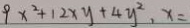
9 x ^ { 2 } + 1 2 x y + 4 y ^ { 2 } , x =